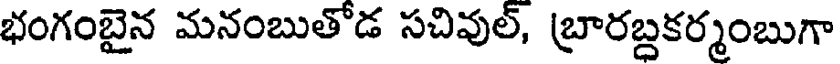
భంగంబైన మనంబుతోడ సచివుల్, బ్రారబ్దకర్మంబుగా